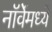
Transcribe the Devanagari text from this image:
नॉर्वेमध्ये